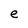
Character: e